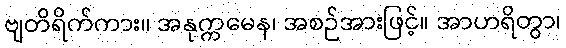
ဗျတိရိက်ကား။ အနုက္ကမေန၊ အစဉ်အားဖြင့်။ အာဟရိတွာ၊